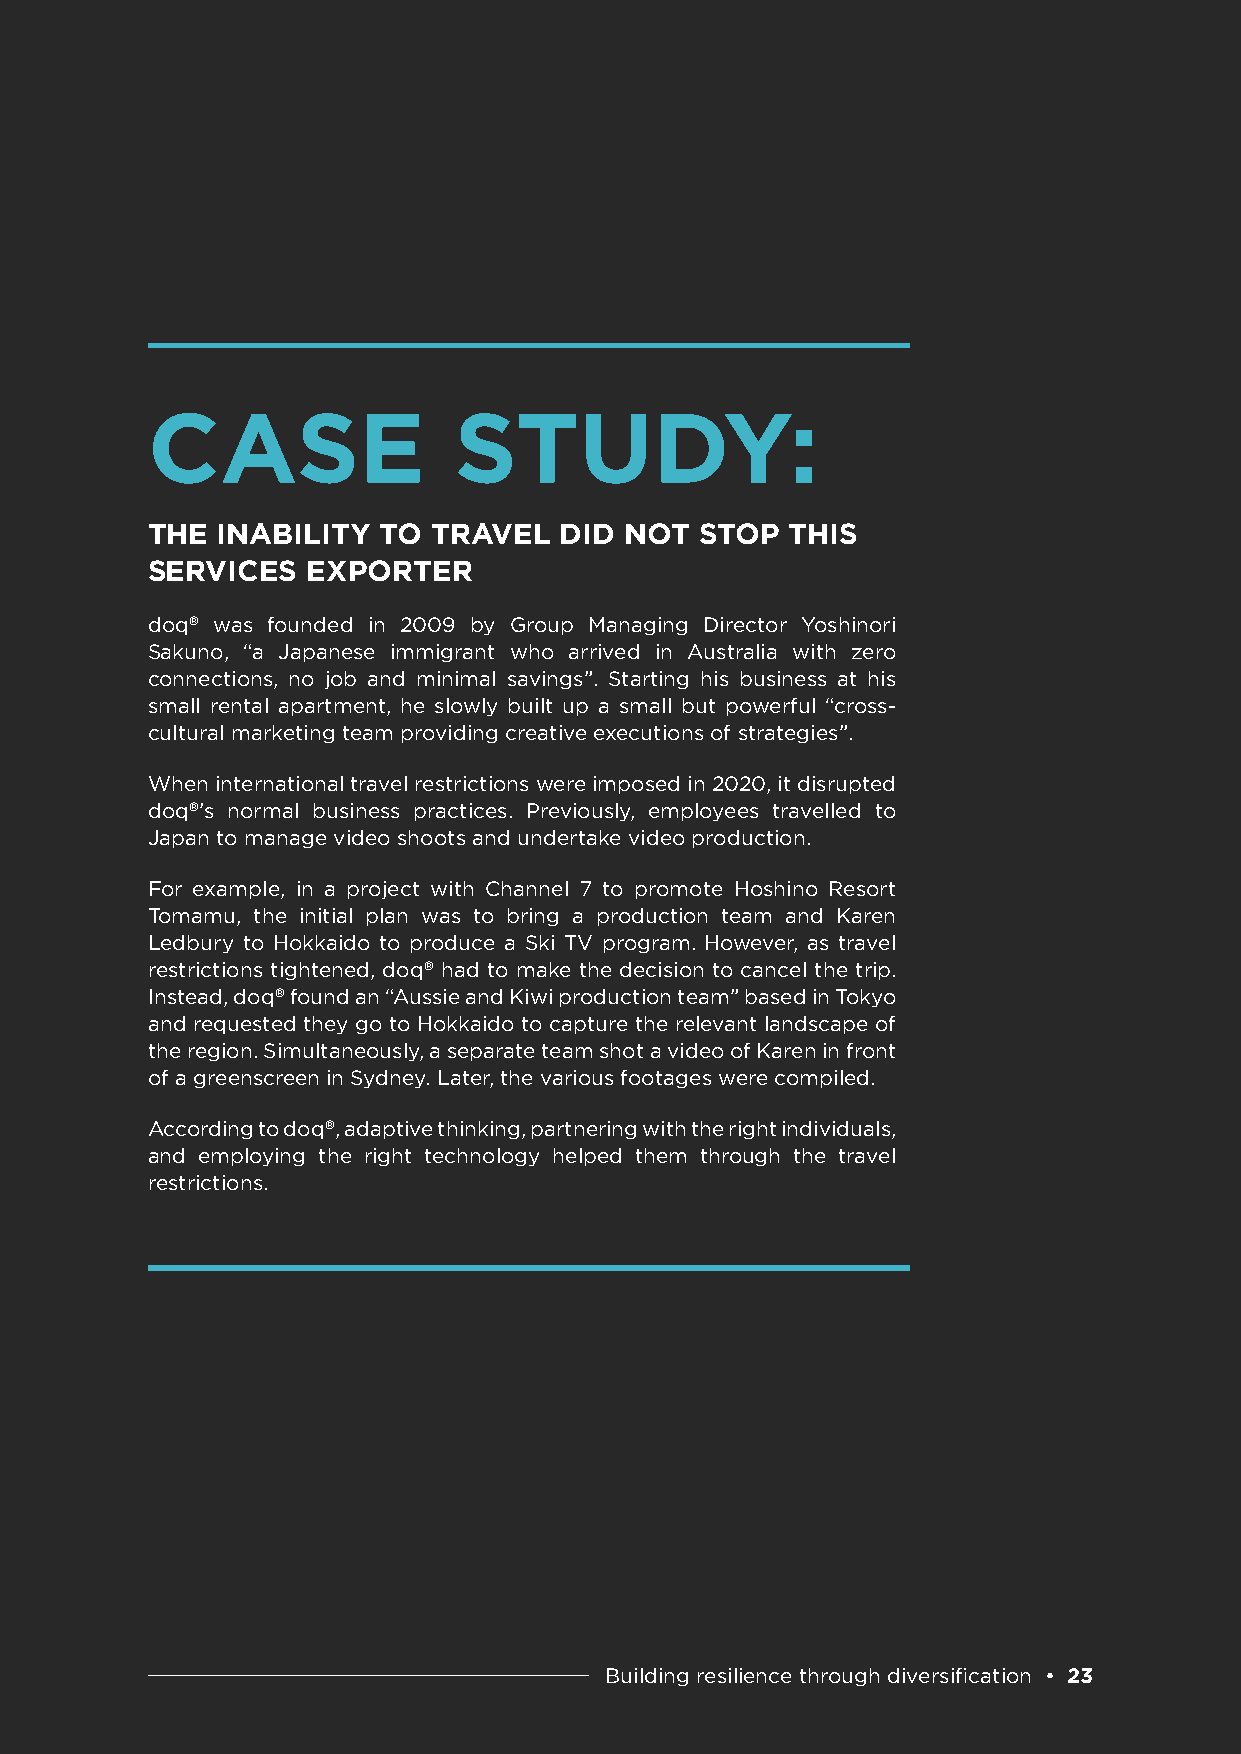
CASE                STUDY:
 THE INABILITY  TO  TRAVEL  DID NOT  STOP  THIS
 SERVICES  EXPORTER
 doq® was founded in 2009 by Group Managing Director Yoshinori
 Sakuno, “a Japanese immigrant who arrived in Australia with zero
 connections, no job and minimal savings”. Starting his business at his
 small rental apartment, he slowly built up a small but powerful “cross-
 cultural marketing team providing creative executions of strategies”.
 When international travel restrictions were imposed in 2020, it disrupted
 doq®’s normal business practices. Previously, employees travelled to
 Japan to manage video shoots and undertake video production.
 For example, in a project with Channel 7 to promote Hoshino Resort
 Tomamu, the initial plan was to bring a production team and Karen
 Ledbury to Hokkaido to produce a Ski TV program. However, as travel
 restrictions tightened, doq® had to make the decision to cancel the trip.
 Instead, doq® found an “Aussie and Kiwi production team” based in Tokyo
 and requested they go to Hokkaido to capture the relevant landscape of
 the region. Simultaneously, a separate team shot a video of Karen in front
 of a greenscreen in Sydney. Later, the various footages were compiled.
 According to doq®, adaptive thinking, partnering with the right individuals,
 and employing the right technology helped them through the travel
 restrictions.
 Building resilience through diversification • 23